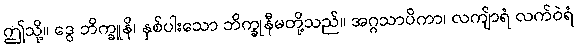
ဤသို့။ ဒွေ ဘိက္ခူနိ၊ နှစ်ပါးသော ဘိက္ခုနီမတို့သည်။ အဂ္ဂသာပိကာ၊ လကျ်ာရံ လက်ဝဲရံ